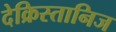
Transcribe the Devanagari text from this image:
देक्रिस्तानिज